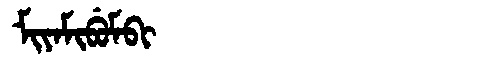
Manchu: ᠮᡳᠶᠠᠮᡳᠪᡠᠮᠪᡳ
Romanization: MIYAMIBUMBI